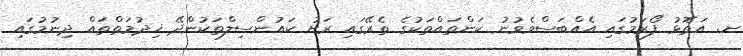
ށ. އަތޮޅު ފޯރަމުގައި އެއްބަސްވެވުނު ކަންތައްތަކުގެ ތެރޭގައި ރަށު ކައުންސިލްތަކުންދޭ ޚިދުމަތްތައް ދިނުމުގައި